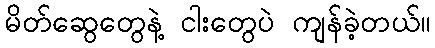
မိတ်ဆွေတွေနဲ့ ငါးတွေပဲ ကျန်ခဲ့တယ်။